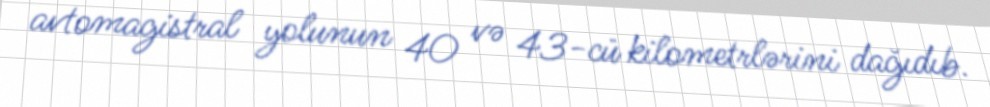
avtomagistral yolunun 40 və 43-cü kilometrlərini dağıdıb.